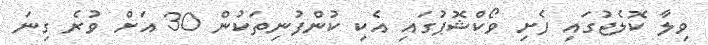
ވިލާ ކޮލެޖުގައި ފެށި ވޯކްޝޮޕުގައި އެކި ކުންފުނިތަކުން 30 އަށް ވުރެ ގިނަ